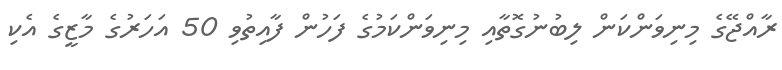
ރާއްޖޭގެ މިނިވަންކަން ލިބުނުގޮތާއި މިނިވަންކަމުގެ ފަހުން ފާއިތުވި 50 އަހަރުގެ މާޒީގެ އެކި